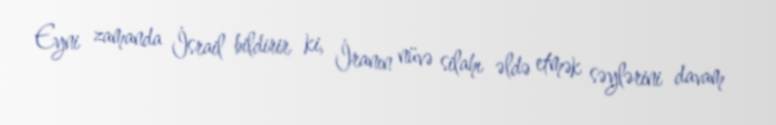
Eyni zamanda İsrail bildirir ki, İranın nüvə silahı əldə etmək səylərini davam